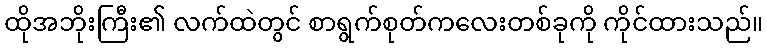
ထိုအဘိုးကြီး၏ လက်ထဲတွင် စာရွက်စုတ်ကလေးတစ်ခုကို ကိုင်ထားသည်။